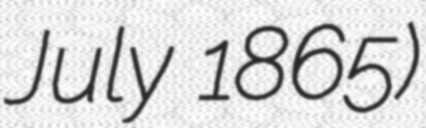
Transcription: July 1865)